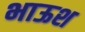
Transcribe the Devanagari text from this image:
भाऊश